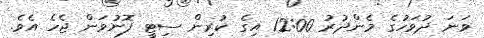
ވަނަ ދުވަހުގެ މެންދުރު 12:00 އިގެ ކުރިން ސިޓީ ފޮނުވަން ޖެހެ އެވެ.